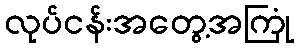
လုပ်ငန်းအတွေ့အကြုံ